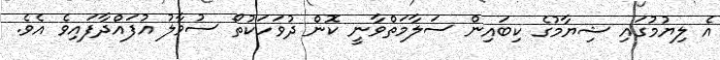
އެ ލިޔުމުގައި ޝިޔާމުގެ ކިބައިން ސަލާމަތްވާނީ ކޮން ދުވަހަކުތޯ ސުވާލު އުފައްދާފައިވެ އެވެ.